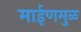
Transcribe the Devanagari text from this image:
माईणमुळ